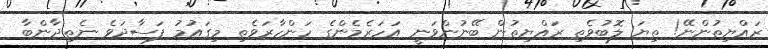
ރައްޔިތުންނޭ! ތިޔަ ލޮބުވެތި ރައްޔިތުން ބޭނުންވަނީ އަހަރެމެންގެ ހަންހާރަވެތި މިގައުމު ފަސާދަވެ ނެތިދާންބާ